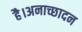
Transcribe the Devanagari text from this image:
है।अनाच्छादन